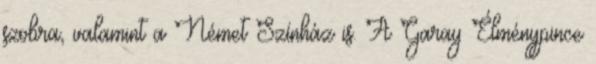
szobra, valamint a Német Színház is. A Garay Élménypince